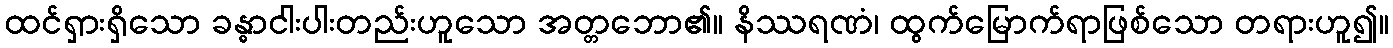
ထင်ရှားရှိသော ခန္ဓာငါးပါးတည်းဟူသော အတ္တဘော၏။ နိဿရဏံ၊ ထွက်မြောက်ရာဖြစ်သော တရားဟူ၍။